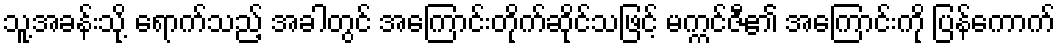
သူ့အခန်းသို့ ရောက်သည့် အခါတွင် အကြောင်းတိုက်ဆိုင်သဖြင့် မက္ကင်ဇီ၏ အကြောင်းကို ပြန်ကောက်